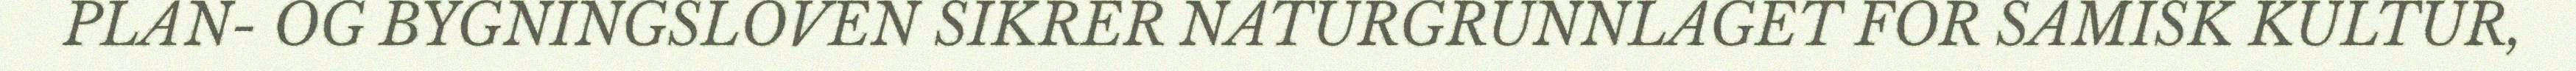
PLAN- OG BYGNINGSLOVEN SIKRER NATURGRUNNLAGET FOR SAMISK KULTUR,